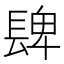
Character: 𨲋